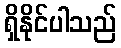
ရှိနိုင်ပါသည်